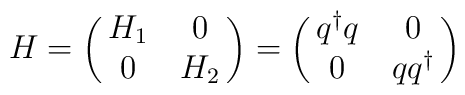
H = \pmatrix{H_1 & 0 \cr0 & H_2 \cr} = \pmatrix{q^\dagger q & 0 \cr0 &  q q^\dagger \cr}